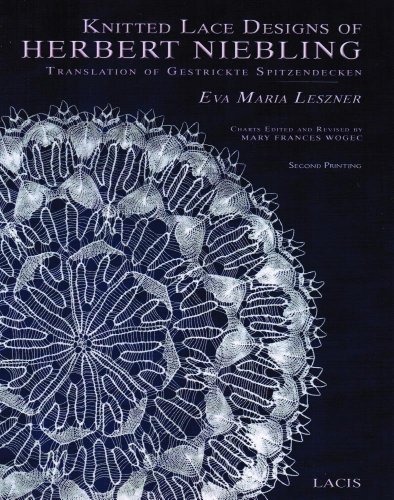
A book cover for Knitted Lace Designs of Herbert Niebling Translation of Gestrickte Spitzendecken; Eva Maria Leszner; Crafts, Hobbies & Home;